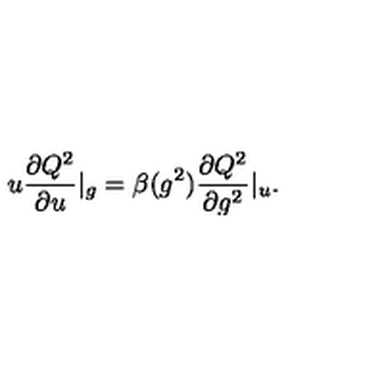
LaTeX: u \frac { \partial Q ^ { 2 } } { \partial u } | _ { g } = \beta ( g ^ { 2 } ) \frac { \partial Q ^ { 2 } } { \partial g ^ { 2 } } | _ { u } .